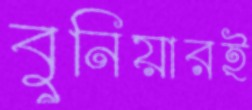
বুনিয়ারই